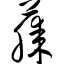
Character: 藤